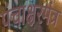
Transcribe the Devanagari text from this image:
पंचाक्षरमंत्र